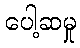
ပေါ့ဆမှု